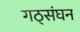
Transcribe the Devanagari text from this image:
गठ्संघन